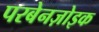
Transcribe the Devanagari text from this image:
परबेनज़ोइक